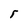
Character: r